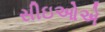
સીઇઓએ